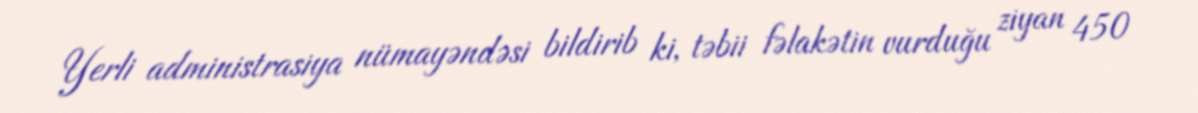
Yerli administrasiya nümayəndəsi bildirib ki, təbii fəlakətin vurduğu ziyan 450